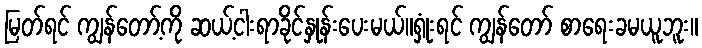
မြတ်ရင် ကျွန်တော့်ကို ဆယ့်ငါးရာခိုင်နှုန်းပေးမယ်။ရှုံးရင် ကျွန်တော် စာရေးခမယူဘူး။